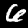
Digit: 6